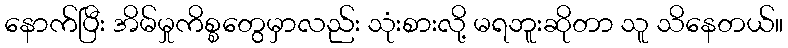
နောက်ပြီး အိမ်မှုကိစ္စတွေမှာလည်း သုံးစားလို့ မရဘူးဆိုတာ သူ သိနေတယ်။